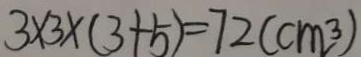
3 \times 3 \times ( 3 + 5 ) = 7 2 ( c m ^ { 3 } )